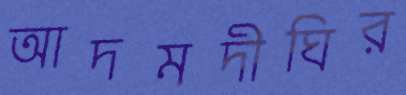
আদমদীঘির